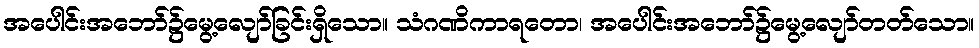
အပေါင်းအဘော်၌မွေ့လျော်ခြင်းရှိသော။ သံဂဏိကာရတော၊ အပေါင်းအဘော်၌မွေ့လျော်တတ်သော။